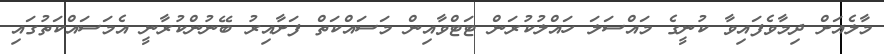
މާލެއަށް ދިމާވެފައިވާ ކުނީގެ މައްސަލަ ހައްލުކުރަން ޓަޓްވާއިން މަސައްކަތް ފަށާއިރު ބޭނުންކުރާނީ އެމަސައްކަތުގައި